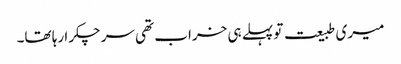
میری طبیعت تو پہلے ہی خراب تھی سر چکرا رہا تھا۔